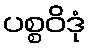
ပစ္စဝိဒုံ